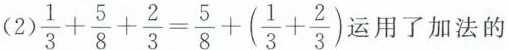
(2) $$\frac{1}{3}+ \frac{5}{8}+ \frac{2}{3}= \frac{5}{8}+(\frac{1}{3}+ \frac{2}{3})$$ 用了加法的